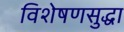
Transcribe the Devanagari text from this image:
विशेषणसुद्धा